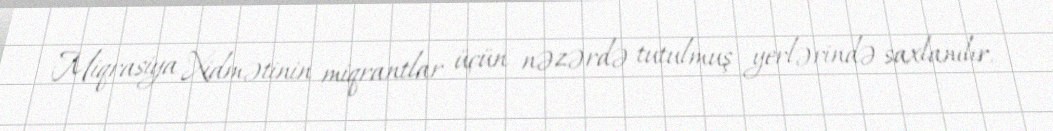
Miqrasiya Xidmətinin miqrantlar üçün nəzərdə tutulmuş yerlərində saxlanılır.